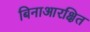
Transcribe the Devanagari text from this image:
बिनाआरक्षित